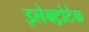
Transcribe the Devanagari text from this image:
इलेक्ट्रोटेक